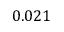
0 . 0 2 1